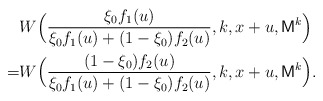
\begin{align*}\begin{aligned} &W\Bigl(\frac{\xi_0f_1(u)}{\xi_0f_1(u)+(1-\xi_0)f_2(u)},k,x+u,\mathsf{M}^{k}\Bigr)\\=&W\Bigl(\frac{(1-\xi_0)f_2(u)}{\xi_0f_1(u)+(1-\xi_0)f_2(u)},k,x+u,\mathsf{M}^{k}\Bigr).\end{aligned}\end{align*}